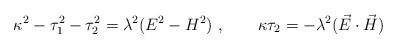
\begin{align*}\kappa ^2-\tau _1^2-\tau _2^2 = \lambda^2(E^2-H^2)~,\qquad\kappa \tau _2 = -\lambda ^2(\vec{E}\cdot \vec{H})\end{align*}